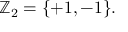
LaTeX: \mathbb { Z } _ { 2 } = \{ + 1 , - 1 \} .